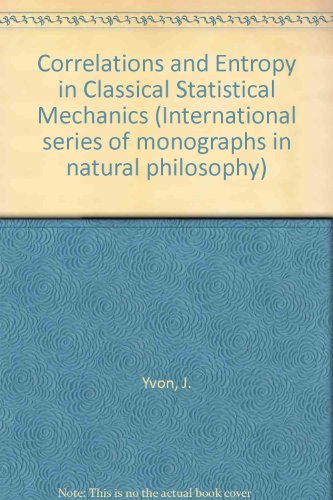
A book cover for Correlations and Entropy in Classical Statistical Mechanics (International series of monographs in natural philosophy); J. Yvon; Science & Math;